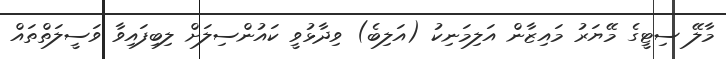
މާލޭ ސިޓީގެ މޭޔަރު މައިޒާން އަލިމަނިކު (އަލިބެ) ވިދާޅުވީ ކައުންސިލަށް ލިބިފައިވާ ވަސީލަތްތައް